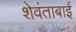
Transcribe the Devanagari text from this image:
शेवंताबाई